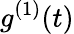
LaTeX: g^{(1)}(t)